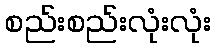
စည်းစည်းလုံးလုံး